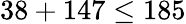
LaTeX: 38+147\leq 185